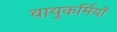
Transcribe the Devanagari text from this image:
वायुकर्मियों